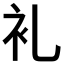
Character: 𮕤